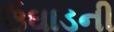
ઉઘાડની